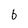
Character: 6